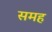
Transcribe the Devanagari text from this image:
समह